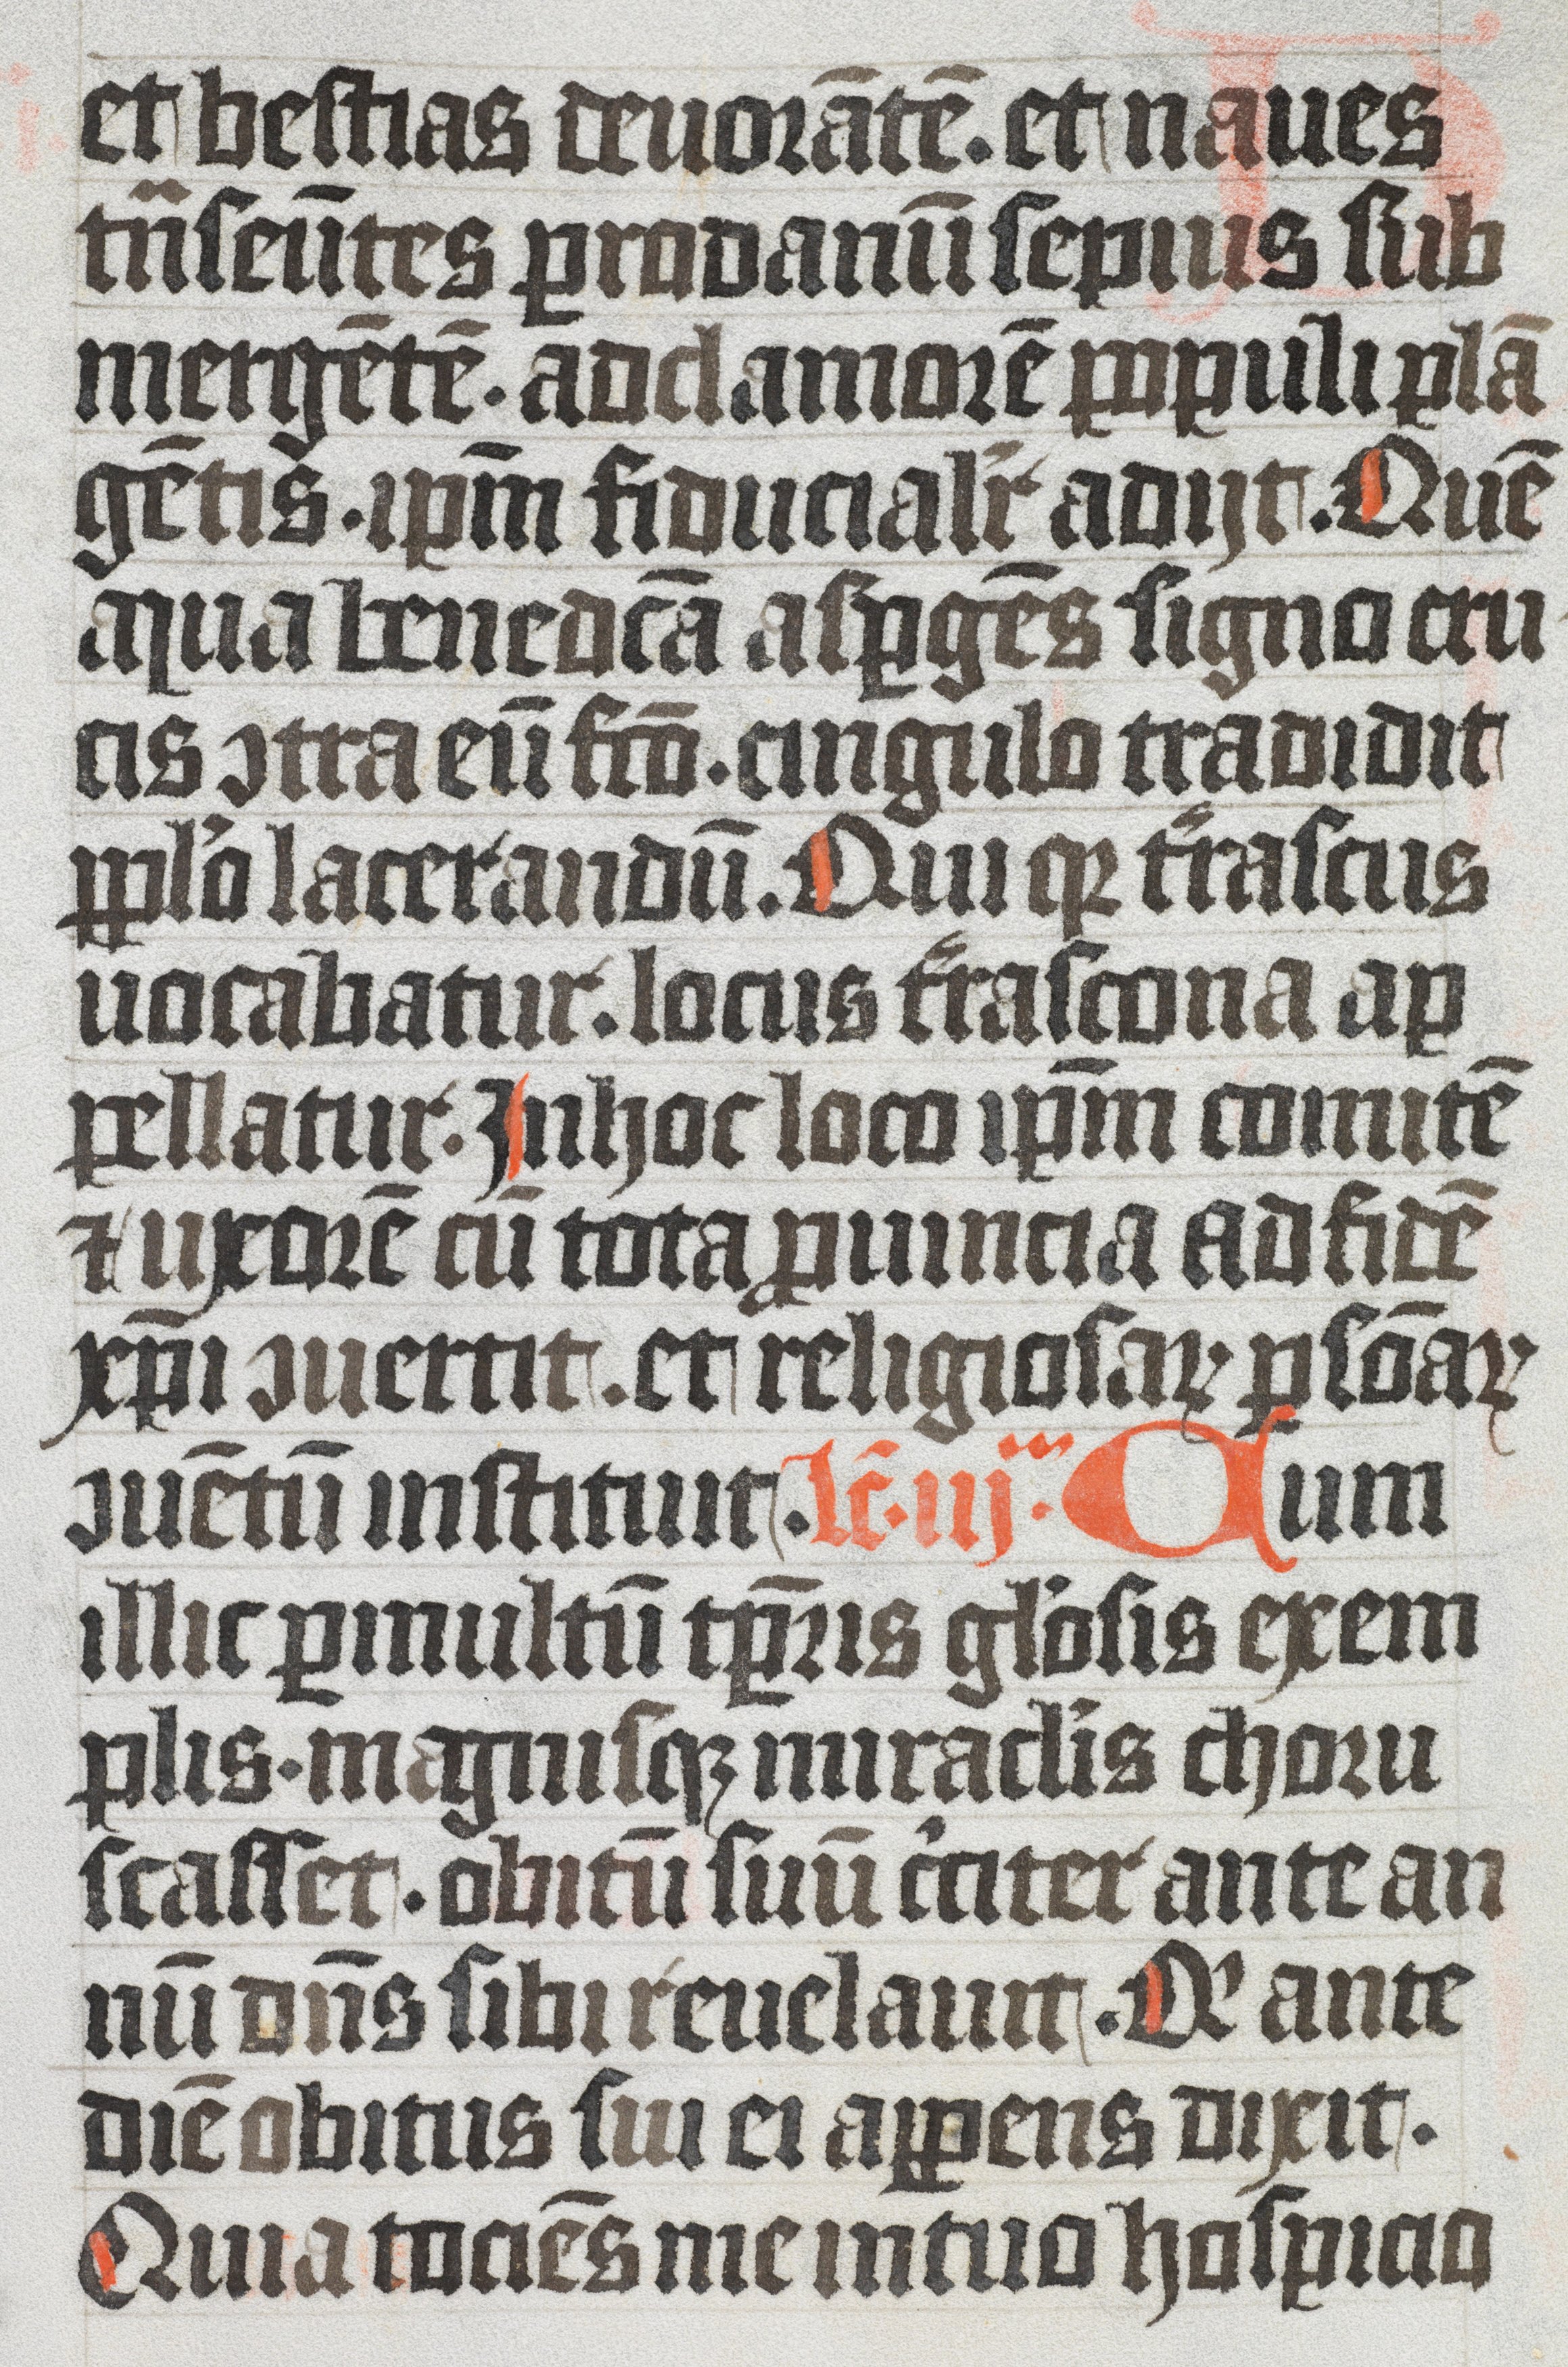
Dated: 1350–1399